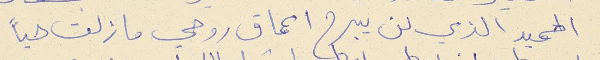
الحميد الذي لن يبرح اعماق روحي ما زلت حياً